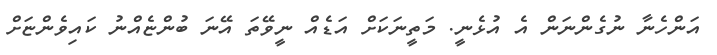
އަންހެނާ ނުގެންނަން އެ އުޅެނީ. މަތީނަކަށް އަޑެއް ނީވޭތަ އޭނަ ބުންޏެއްނު ކައިވެންޏަށް